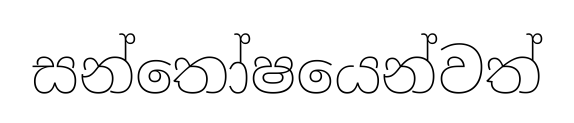
සන්තෝෂයෙන්වත්